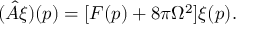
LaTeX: ( \hat { A } \xi ) ( p ) = [ F ( p ) + 8 \pi \Omega ^ { 2 } ] \xi ( p ) .